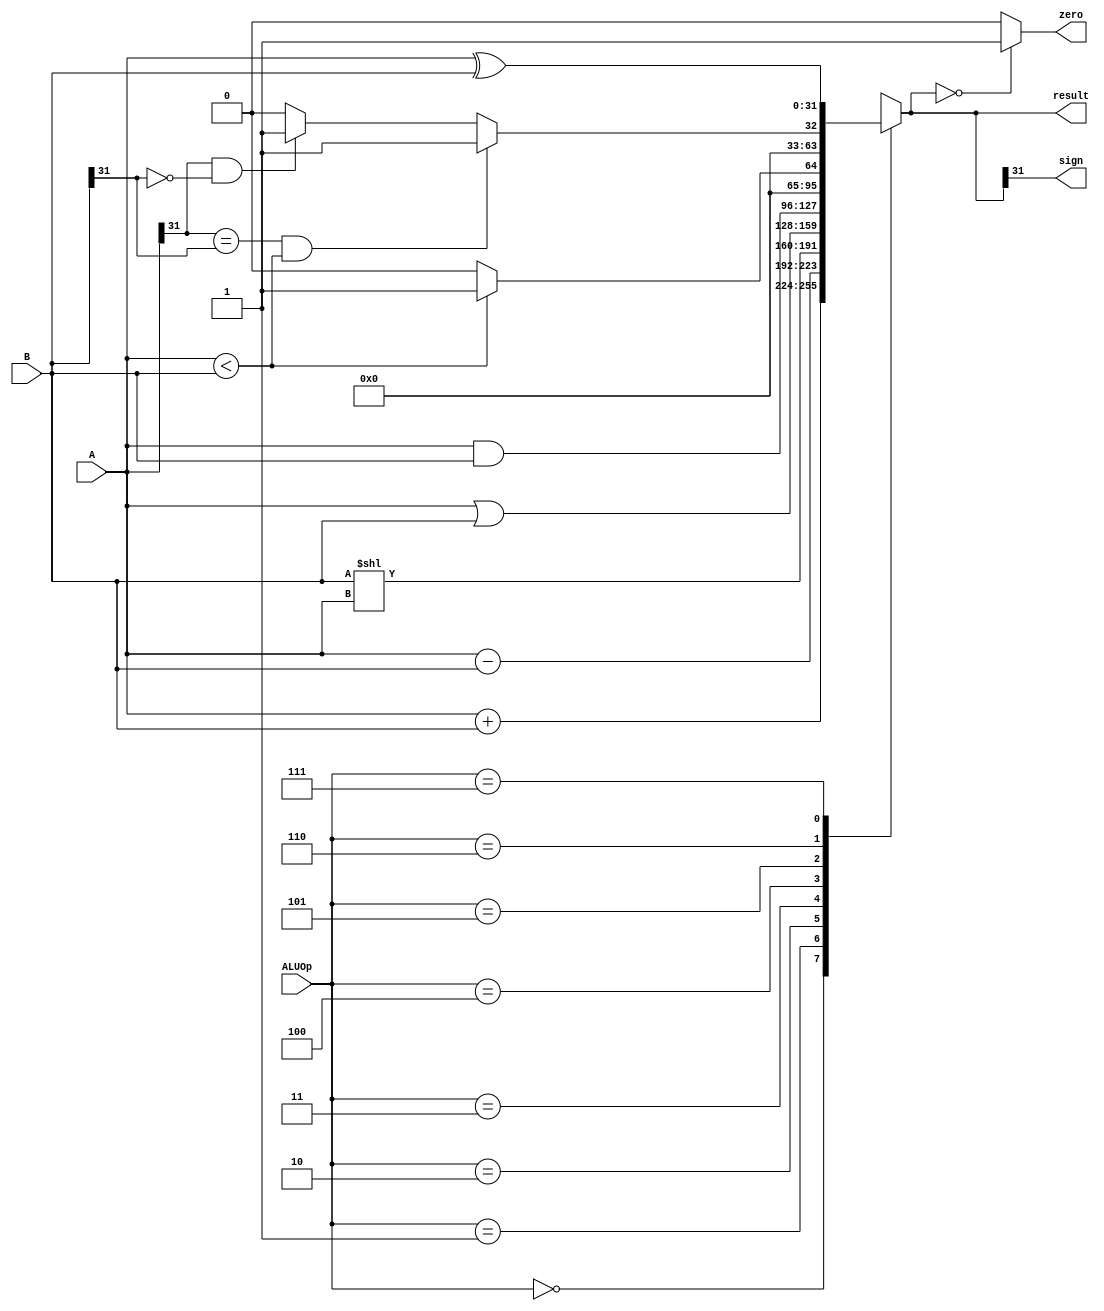
`timescale 1ns / 1ps

module ALU(
    input [2:0] ALUOp,
    input [31:0] A,
    input [31:0] B,
    output reg [31:0] result,
    output zero,    // 010
    output sign    // 10
    );
    
    assign zero = (result == 0) ? 1 : 0;
    assign sign = result[31];
    
    always @(ALUOp or A or B) begin
        case(ALUOp)
            3'b000: result = A + B;
            3'b001: result = A - B;
            3'b010: result = B << A;
            3'b011: result = A | B;
            3'b100: result = A & B;
            3'b101: result = (A < B) ? 1 : 0; // 5: 
            3'b110: begin                     // 6: 
                        if((A[31] == B[31]) && (A < B)) result = 1;
                        else if(A[31]==1 && B[31]==0) result = 1;
                        else result = 0;
                    end
            3'b111: result = A ^ B;
        endcase
    end
endmodule